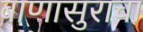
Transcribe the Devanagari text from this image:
बाणासुराचा